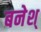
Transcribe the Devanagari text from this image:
बनेश्